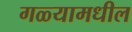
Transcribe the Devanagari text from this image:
गळ्यामधील